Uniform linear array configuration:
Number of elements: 48
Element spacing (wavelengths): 0.25
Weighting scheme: uniform
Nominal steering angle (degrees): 0
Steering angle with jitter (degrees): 1.728
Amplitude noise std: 0.05
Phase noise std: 0.05

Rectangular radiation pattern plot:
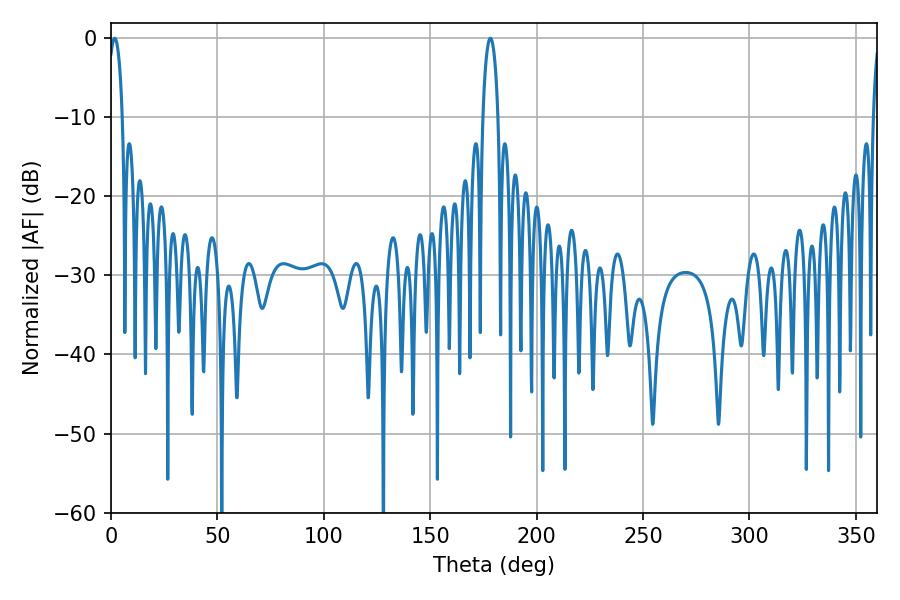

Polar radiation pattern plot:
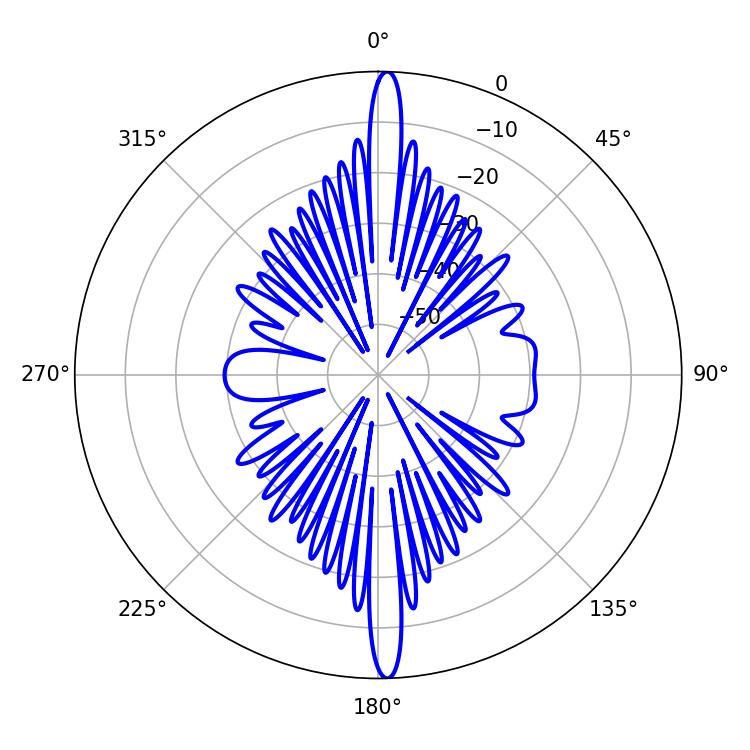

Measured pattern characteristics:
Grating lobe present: FALSE
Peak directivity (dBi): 25.872
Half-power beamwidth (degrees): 3.78
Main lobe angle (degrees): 1.8